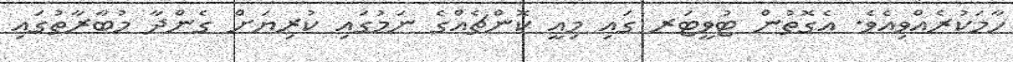
ހާމަކުރެއްވިއެވެ. އެގޮތުން ޓުވީޓަރ ގައި މިއީ ކޮންޗެއްގެ ނަމުގައި ކުރިޔަށް ގެންދާ މުބާރާތުގައި